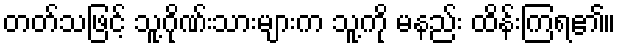
တတ်သဖြင့် သူ့ဂိုဏ်းသားများက သူ့ကို မနည်း ထိန်းကြရ၏။